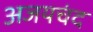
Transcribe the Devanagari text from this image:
अजयचंद